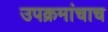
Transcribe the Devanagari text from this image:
उपक्रमांचाच